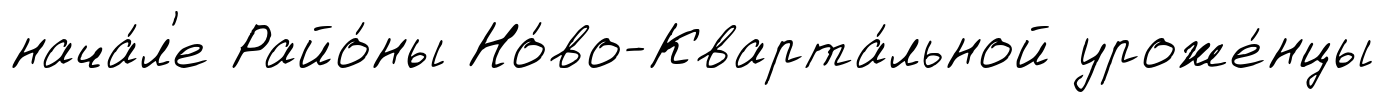
нача́л'е Райо́ны Но́во-Кварта́льной уроже́нцы